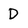
Character: D